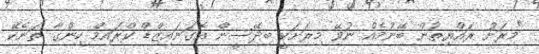
"މިރަށު ރައްޔިތުން ބޭނުމެއް ނުވޭ މިރަށަކީ ބިދޭސީން އޮގަނައިޒްޑް ކްރައިމް ހިންގާ ތަނެކޭ